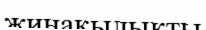
жинақылықты